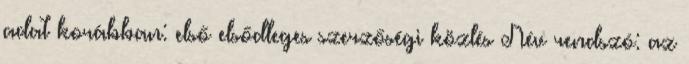
adat korábban: első elsődleges szerzőségi közlés Név rendszó: az